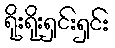
ရိုးရိုးရှင်းရှင်း